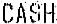
CASH